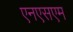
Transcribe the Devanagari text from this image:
एनएसएम